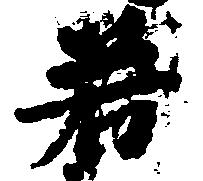
若